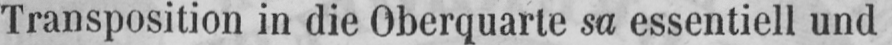
Transposition in die Oberquarte sa essentiell und